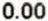
0.00